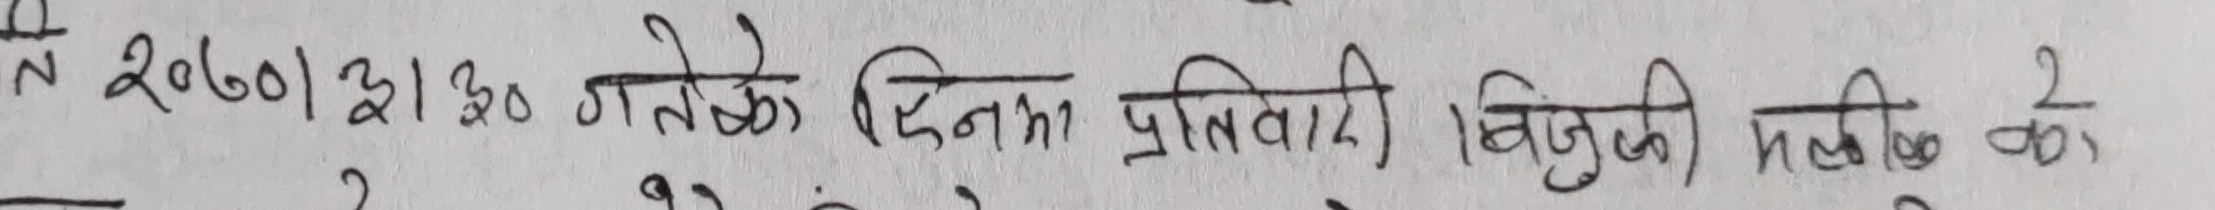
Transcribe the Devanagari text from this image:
स. २०७०।३।२० गतेको दिनमा प्रतिवादी बिजुली महशुल को २